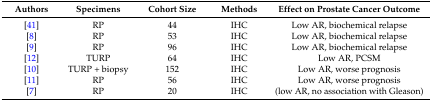
<table><thead><tr><td><b>Authors</b></td><td><b>Specimens</b></td><td><b>Cohort Size</b></td><td><b>Methods</b></td><td><b>Effect on Prostate Cancer Outcome</b></td></tr></thead><tbody><tr><td>[41]</td><td>RP</td><td>44</td><td>IHC</td><td>Low AR, biochemical relapse</td></tr><tr><td>[8]</td><td>RP</td><td>53</td><td>IHC</td><td>Low AR, biochemical relapse</td></tr><tr><td>[9]</td><td>RP</td><td>96</td><td>IHC</td><td>Low AR, biochemical relapse</td></tr><tr><td>[12]</td><td>TURP</td><td>64</td><td>IHC</td><td>Low AR, PCSM</td></tr><tr><td>[10]</td><td>TURP + biopsy</td><td>152</td><td>IHC</td><td>Low AR, worse prognosis</td></tr><tr><td>[11]</td><td>RP</td><td>56</td><td>IHC</td><td>Low AR, worse prognosis</td></tr><tr><td>[7]</td><td>RP</td><td>20</td><td>IHC</td><td>(low AR, no association with Gleason)</td></tr></tbody></table>